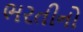
ભરતીનો